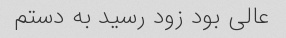
عالى بود زود رسید به دستم